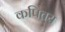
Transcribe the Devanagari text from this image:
कपितय